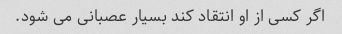
اگر کسی از او انتقاد کند بسیار عصبانی می شود.